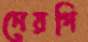
নেয়গি